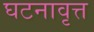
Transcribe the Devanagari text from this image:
घटनावृत्त